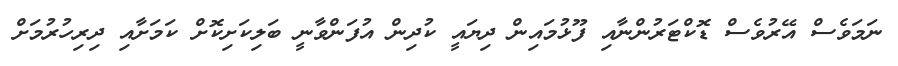
ނަމަވެސް އޭރުވެސް ޑޮކްޓަރުންނާއި ފޫޅުމައިން ދިޔައީ ކުދިން އުފަންވާނީ ބަލިކަށިކޮށް ކަމަށާއި ދިރިހުރުމަށް